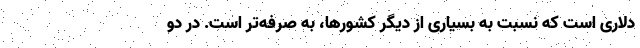
دلاری است که نسبت به بسیاری از دیگر کشورها، به صرفه‌تر است. در دو